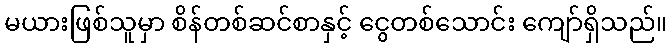
မယားဖြစ်သူမှာ စိန်တစ်ဆင်စာနှင့် ငွေတစ်သောင်း ကျော်ရှိသည်။